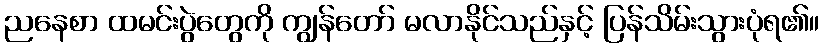
ညနေစာ ထမင်းပွဲတွေကို ကျွန်တော် မလာနိုင်သည်နှင့် ပြန်သိမ်းသွားပုံရ၏။